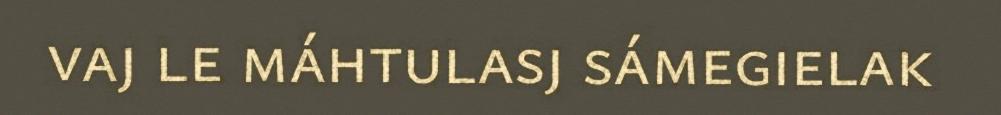
vaj le máhtulasj sámegielak